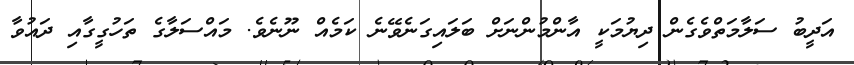
އަދީބު ސަލާމަތްވެގެން ދިޔުމަކީ އާންމުންނަށް ބަލައިގަނެވޭނެ ކަމެއް ނޫނެވެ. މައްސަލާގެ ތަހުގީގާއި ދައުވާ